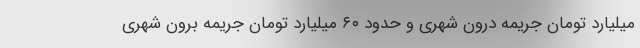
میلیارد تومان جریمه درون شهری و حدود ۶۰ میلیارد تومان جریمه برون شهری